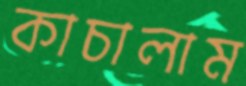
কাচালাম